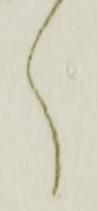
く